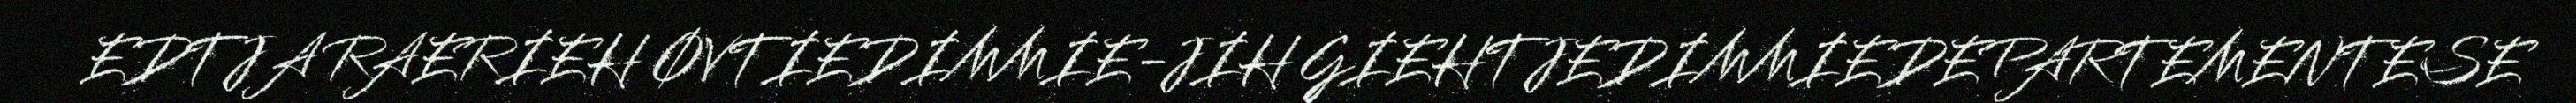
EDTJA RAERIEH ØVTIEDIMMIE-JIH GIEHTJEDIMMIEDEPARTEMENTESE